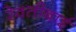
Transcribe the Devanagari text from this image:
रेवतीबाई